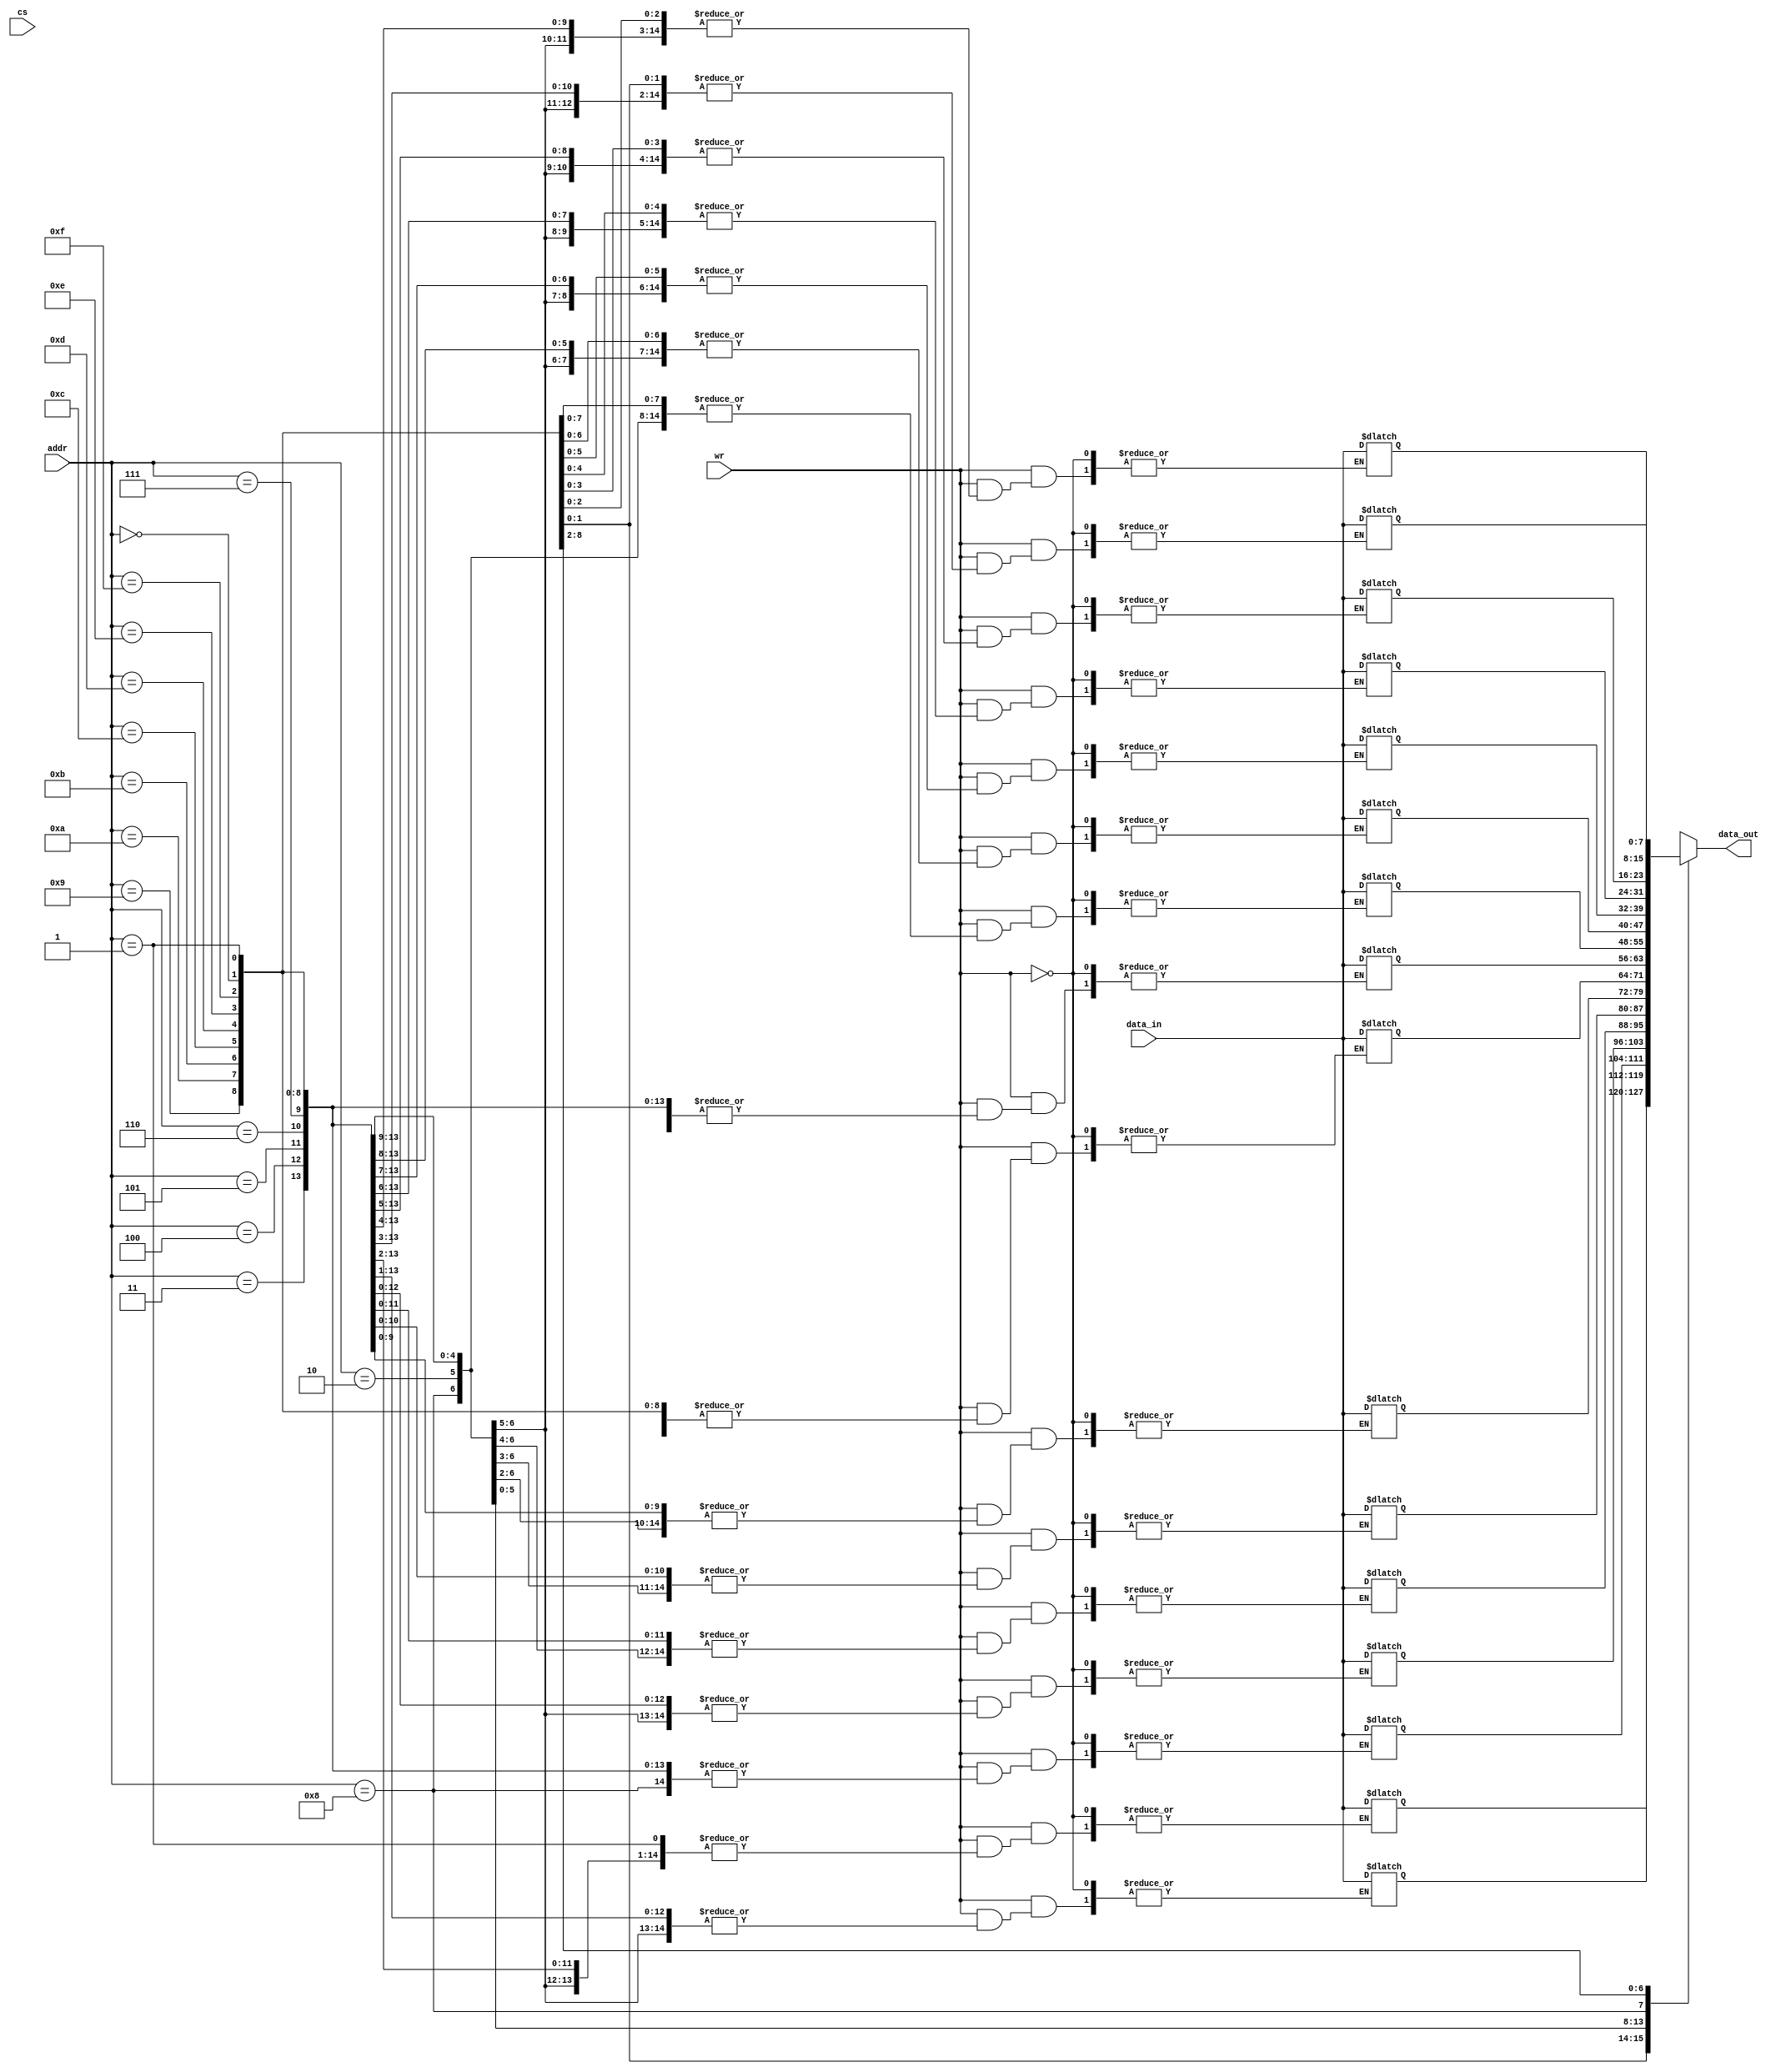
`timescale 1ns / 1ps
//////////////////////////////////////////////////////////////////////////////////
// Company: 
// Engineer: 
// 
// Design Name: 
// Module Name:    ram3 
// Project Name: 
// Target Devices: 
// Tool versions: 
// Description: 
//
// Dependencies: 
//
// Revision: 
// Revision 0.01 - File Created
// Additional Comments: 
//
//////////////////////////////////////////////////////////////////////////////////
module ram_3(data_out,data_in,addr,wr,cs);
parameter addr_size=4,word_size=8,memory_size=16;
input[addr_size-1:0]addr;
input[word_size-1:0]data_in;
input wr,cs;
output[word_size-1:0]data_out;
reg[word_size-1:0] mem[memory_size-1:0];
assign data_out=mem[addr];
always@(wr or cs)
if(wr) mem[addr]=data_in;
endmodule